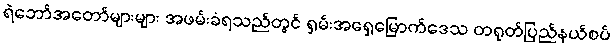
ရဲဘော်အတော်များများ အဖမ်းခံရသည်တွင် ရှမ်းအရှေ့မြောက်ဒေသ တရုတ်ပြည်နယ်စပ်